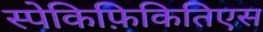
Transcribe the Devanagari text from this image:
स्पेकिफ़िकितिएस